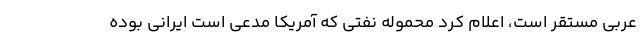
عربی مستقر است، اعلام کرد محموله نفتی که آمریکا مدعی است ایرانی بوده